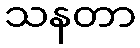
သနတာ